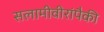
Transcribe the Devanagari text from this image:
सलामीवीरांपैकी